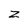
Character: z